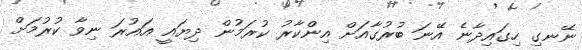
ނޭނގި ހިގައިދާނެ އޭނަ ބުރުގާއަށް އިންކާރު ކުރަމުން ދިޔައީ އައުރަ ނިވާ ކުރުމަށް